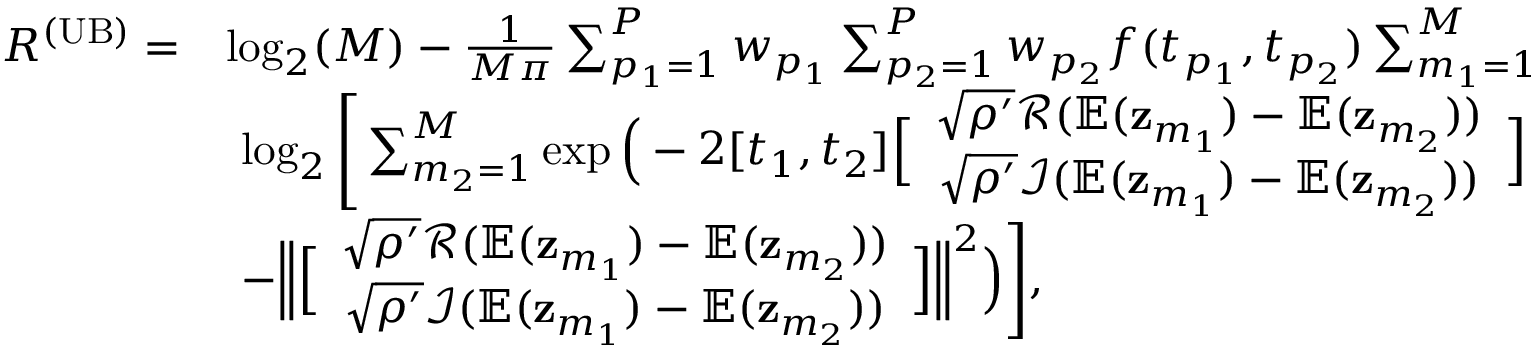
\begin{array} { r l } { R ^ { \mathrm { ( U B ) } } = } & { \log _ { 2 } ( M ) - \frac { 1 } { M \pi } \sum _ { p _ { 1 } = 1 } ^ { P } w _ { p _ { 1 } } \sum _ { p _ { 2 } = 1 } ^ { P } w _ { p _ { 2 } } f ( t _ { p _ { 1 } } , t _ { p _ { 2 } } ) \sum _ { m _ { 1 } = 1 } ^ { M } } \\ & { \ \log _ { 2 } \Bigg [ \sum _ { m _ { 2 } = 1 } ^ { M } \exp \Big ( - 2 [ t _ { 1 } , t _ { 2 } ] \Big [ \begin{array} { c } { \sqrt { \rho ^ { \prime } } \mathcal { R } ( \mathbb { E } ( \mathbf { z } _ { m _ { 1 } } ) - \mathbb { E } ( \mathbf { z } _ { m _ { 2 } } ) ) } \\ { \sqrt { \rho ^ { \prime } } \mathcal { I } ( \mathbb { E } ( \mathbf { z } _ { m _ { 1 } } ) - \mathbb { E } ( \mathbf { z } _ { m _ { 2 } } ) ) } \end{array} \Big ] } \\ & { \ - \Big \| \Big [ \begin{array} { c } { \sqrt { \rho ^ { \prime } } \mathcal { R } ( \mathbb { E } ( \mathbf { z } _ { m _ { 1 } } ) - \mathbb { E } ( \mathbf { z } _ { m _ { 2 } } ) ) } \\ { \sqrt { \rho ^ { \prime } } \mathcal { I } ( \mathbb { E } ( \mathbf { z } _ { m _ { 1 } } ) - \mathbb { E } ( \mathbf { z } _ { m _ { 2 } } ) ) } \end{array} \Big ] \Big \| ^ { 2 } \Big ) \Bigg ] , } \end{array}